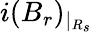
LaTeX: i(B_{r})_{|_{R_{s}}}